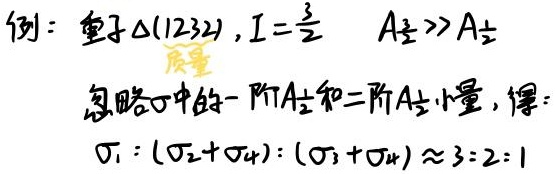
例：重子 \(\Delta(1232)\)，\(I = \frac{3}{2}\)，\(A_{\frac{1}{2}}\gg A_{\pm\frac{1}{2}}\) （质量）忽略 \(\sigma\) 中的一阶 \(A_{\pm\frac{1}{2}}\) 和二阶 \(A_{\pm\frac{1}{2}}\) 小量，得：\(\sigma_1:(\sigma_2 + \sigma_4):(\sigma_3+\sigma_4)\approx 3:2:1\)